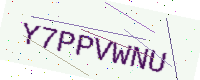
Text: Y7PPVWNU